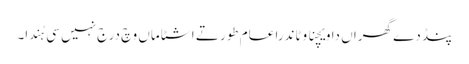
پنڈ دے گھراں دا ویچنا وٹاندرا عام طور تے اشٹاماں وچ درج نہیں سی ہُندا۔